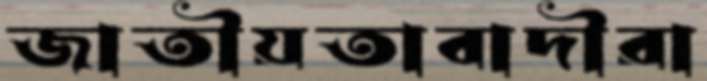
জাতীয়তাবাদীরা